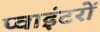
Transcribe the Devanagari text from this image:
प्वाइंटरों